Civil Veterinary Dept. North-West Frontier Province 1933-46 - 1933-1946
Year: 1933
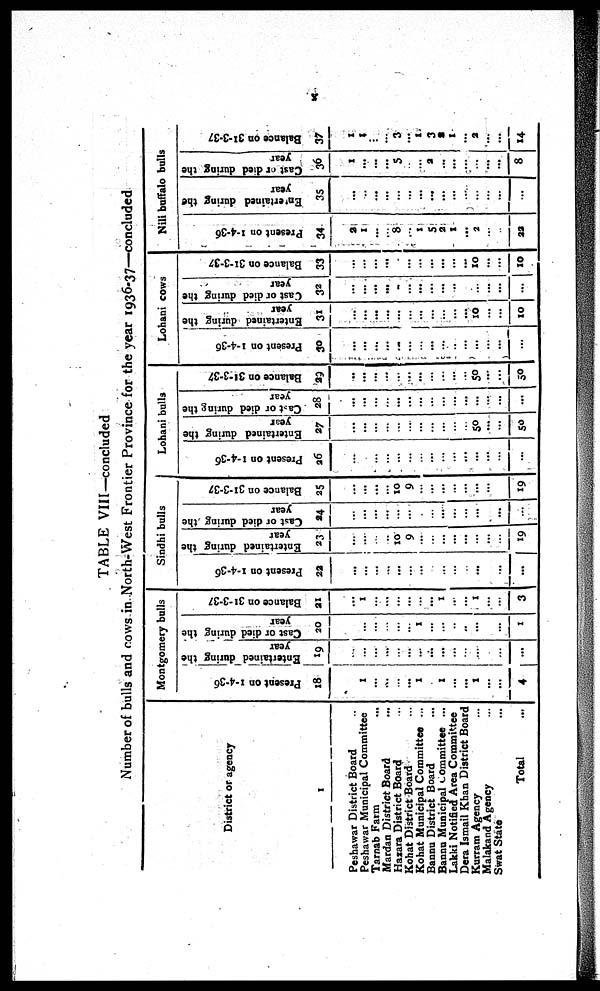
x
TABLE VIII—concluded
Number of bulls and cows in North-West Frontier Province for the year 1936-37—concluded
District or agency
1
Peshawar District Board ...
Peshawar Municipal Committee
Tarnab Farm ...
Mardan District Board ...
Hazara District Board ...
Kohat District Board ...
Kohat Municipal Committee ...
Bannu District Board ...
Banna Municipal committee ...
Lakki Notified Area Committee
Dera Ismail Khan District Board
Kurram Agency ...
Malakand Agency ...
Swat State ...
Total ...
Montgomery bulls
Present on 1-4-36
18
...
1
...
...
...
... 1
...
1
...
...
1
...
...
4
Entertained during the
year
19
...
...
... ...
...
...
...
...
...
...
...
...
Cast or died during the
year
20
...
...
...
...
...
...
1
...
...
...
...
1
Balance on 31-3-37
21
...
1
...
...
...
...
...
...
1
...
...
1
...
...
3
Sindhi bulls
Present on 1-4-36
22
...
...
... ...
...
...
...
...
...
...
...
...
Entertained during the
year
23
...
...
...
...
10
9
...
...
...
...
...
...
...
...
19
Cast or died during the
year
24
...
...
...
...
...
...
...
...
...
...
...
...
...
...
...
Balance on 31-3-37
25
...
...
...
...
10
9
...
...
...
...
...
...
...
19
Lohani bulls
Present on 1-4-36
26
...
...
...
...
...
...
...
...
...
...
...
...
...
...
...
Entertained during the
year
27
...
...
...
...
...
...
...
...
...
50
...
...
50
Cast
or died during the
year
28
...
...
...
...
...
...
...
...
...
...
...
...
...
...
Balance on 31-3-37
29
...
...
...
...
...
...
...
...
... ...
50
....
...
50
Lohani cows
Present on 1-4-36
30
...
...
...
...
...
...
...
...
...
..
...
...
...
...
...
Entertained during the
year
31
...
...
...
...
...
...
...
...
...
...
...
10
...
...
10
Cast or died during the
year
32
...
...
... ...
..
...
...
...
...
...
...
...
...
...
...
Balance on 31-3-37
33
...
...
... ...
...
...
...
...
...
...
10
...
...
10
Nili buffalo bulls
Present on 1-4-36
34
2
1
...
...
8
...
1
5
2
1
...
2
...
22
Entertained during the
year
35
...
...
... ...
...
...
... ...
...
...
...
...
...
...
...
Cast or died during the
year
36
1
...
...
...
5
...
....
2
...
...
...
...
...
...
8
Balance on 31-3-37
37
1
1
...
...
3
...
1
3
2
1
...
2
...
...
14